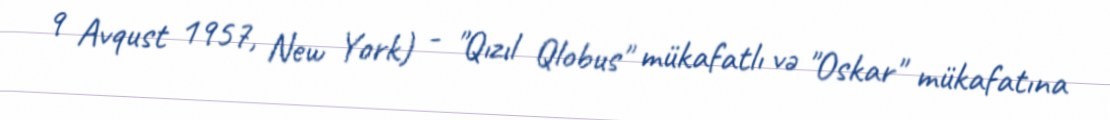
9 Avqust 1957, New York) - "Qızıl Qlobus" mükafatlı və "Oskar" mükafatına